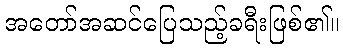
အတော်အဆင်ပြေသည့်ခရီးဖြစ်၏။